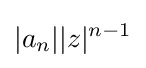
|a_{n}||z|^{n-1}